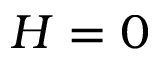
H = 0